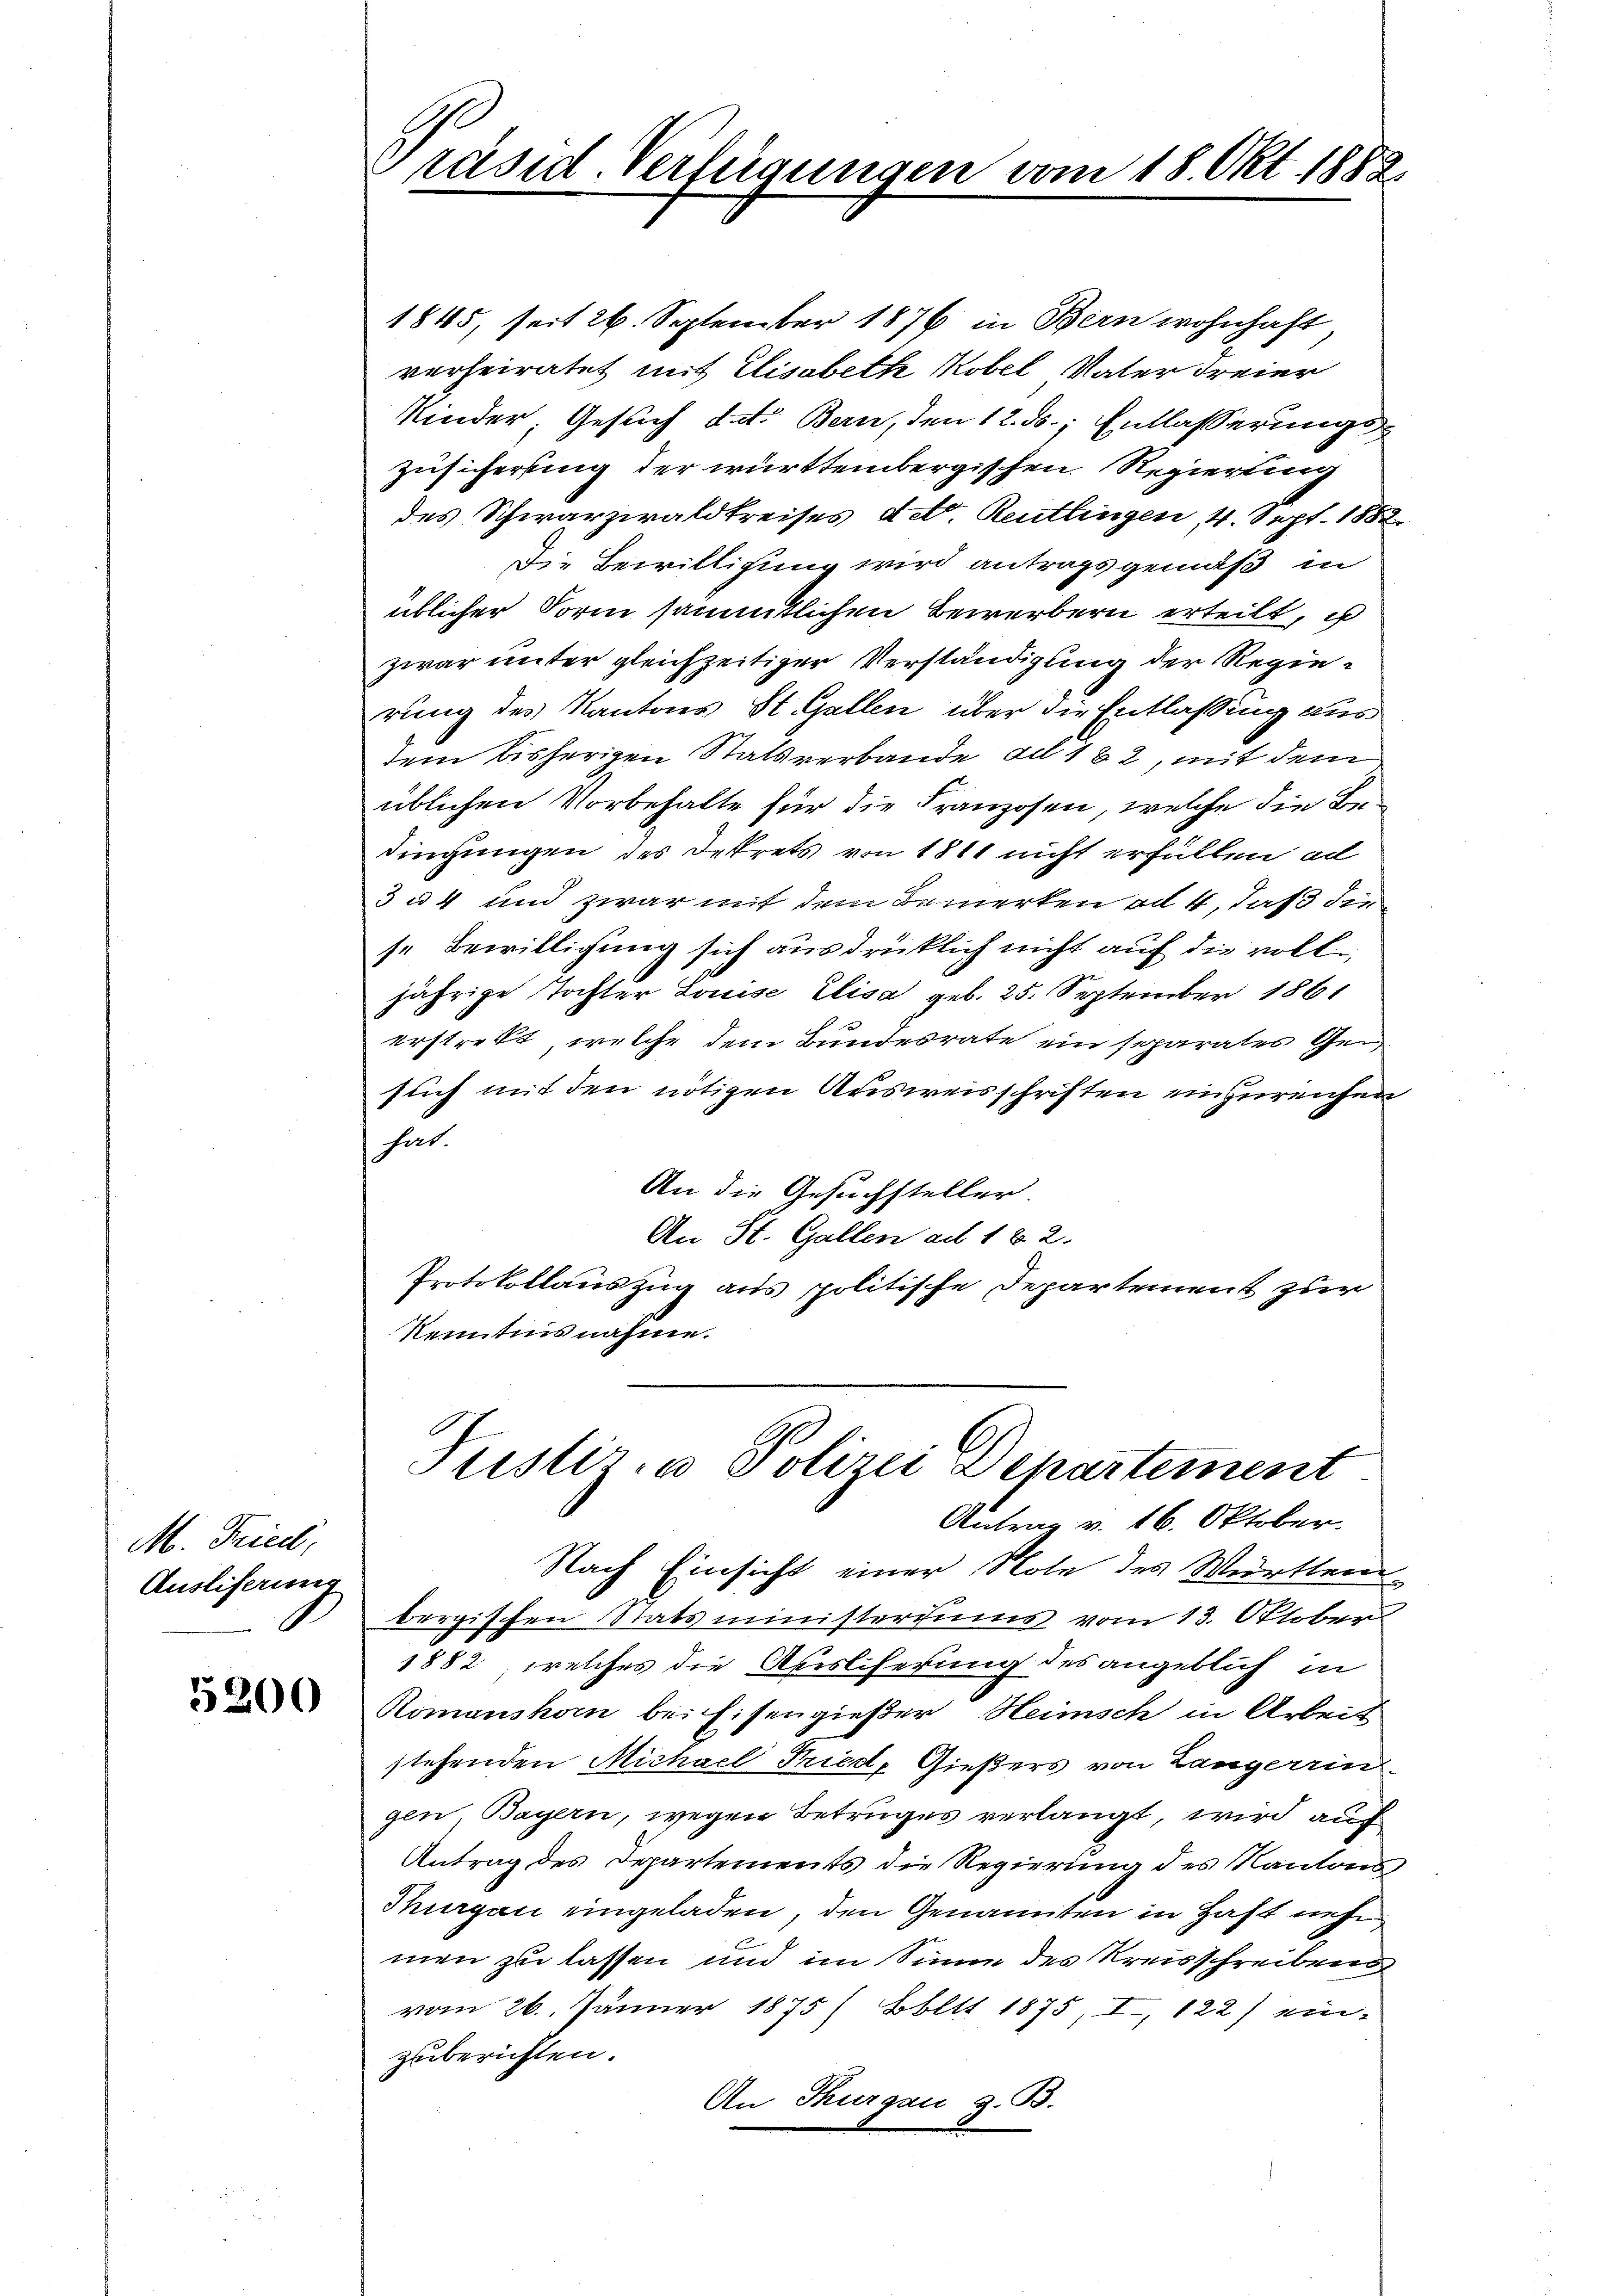
M. Friedl,
Auslieferung

5200

räsid. Verfügungen vom 18. Okt. 1888

1845, seit 26. September 1876 in Bern wohnhaft
verheiratet mit Elisabeth Kobel Vater Freier
Kinder, Gesuch dat. Bern, den 12. ds. Entlasserungs¬
Zusicherung der württembergischen Regierung
des Schwarzwaldkreises dett. Reutlingen, 4. Sept. 1882.
Die Bewilligung wird antragsgemäß in
üblicher Form sämmtlichen Bewerbern erteilt, u
zwar unter gleichzeitiger Verständigung der Regierung des Kantons St. Gallen über die Entlassung aus
dem bisherigen Statsverbande ad 182, mit dem
üblichen Vorbehalte für die Franzosen, welche die Bedingungen des Dekrets von 1811 nicht erfüllen ad
3 u 4 und zwar mit dem Bemerken ad 4, daß die
se Bewilligung sich ausdrücklich nicht auf die volljährige Tochter Louise Elisa geb. 25. September 1861
erstrekt, welche dem Bundesrate ein separates Gei
such mit den nötigen Ausweisschriften einzureichen
hat
An die Gesuchsteller.
An St. Gallen ad 1. 2.
Protokollauszug aus politische Departement zur
Kenntnis nahme.
Justiz- u Polizei Departement
Antrag v. 16. Oktober.
Nach Einsicht einer Note des Württem
bergischen Statsministeriums vom 13. Oktober
1882, welches die Ausliferung des angeblich in
Romanshorn bei Eisengießer Heimsch in Arbeit
stehenden Michael Fried, Gießers von Langerrin
gen, Bayern, wegen Betruges verlangt, wird auf
Antrag des Departements die Regierung des Kantons
Thurgau eingeladen, den Genannten in Haft nehm
men zu lassen und im Sinne des Kreisschreibens
vom 26. Jänner 1875) Boltt 1875, I, 122) ein-
zuberichten.
An Thurgau z. B.